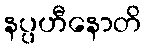
နပ္ပဟီနောတိ